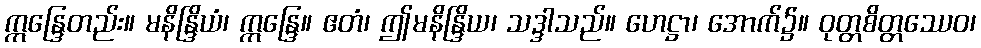
ဣန္ဒြေတည်း။ မနိန္ဒြိယံ၊ ဣန္ဒြေ။ ဧတံ၊ ဤမနိန္ဒြိယ၊ သဒ္ဒါသည်။ ဟေဋ္ဌာ၊ အောက်၌။ ဝုတ္တစိတ္တဿေဝ၊